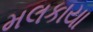
મલકાયા